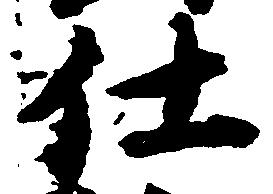
仕